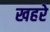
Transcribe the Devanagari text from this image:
खहरे